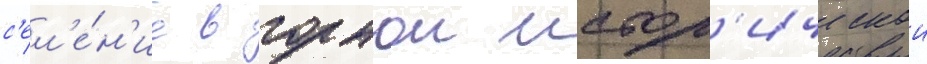
с'ел'е́н'ие в горнои истор'ическои